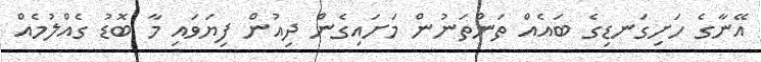
އޭނާގެ ހަށިގަނޑިގެ ބައެއް ތަންތަނުން މަށައިގެން ދިއުން ފިޔަވައި މާ ބޮޑު ގެއްލުމެއް